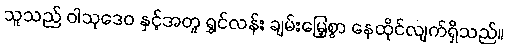
သူသည် ဝါသုဒေဝ နှင့်အတူ ရွှင်လန်း ချမ်းမြေ့စွာ နေထိုင်လျက်ရှိသည်။